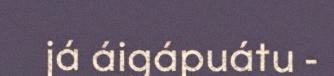
já áigápuátu -